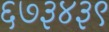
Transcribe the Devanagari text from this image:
६७३४३९